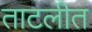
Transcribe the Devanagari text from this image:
ताटलीत